Source: Handwritten
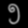
Digit: ၅ (5)